Annual report of the Imperial Bacteriologist
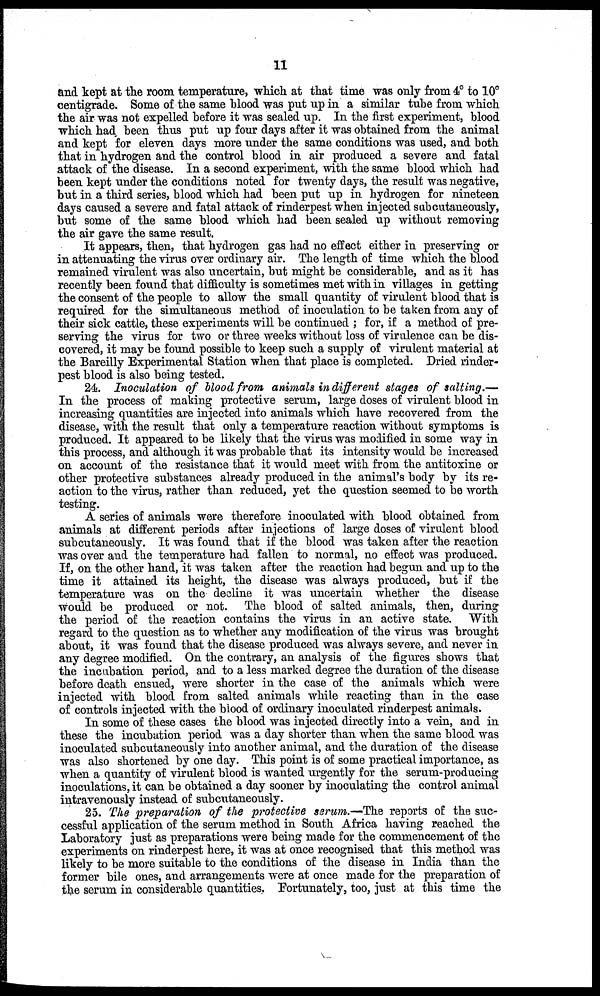
11
and kept at the room temperature, which at that time was only from 4° to 10°
centigrade. Some of the same blood was put up in a similar tube from which
the air was not expelled before it was sealed up. In the first experiment, blood
which had been thus put up four days after it was obtained from the animal
and kept for eleven days more under the same conditions was used, and both
that in hydrogen and the control blood in air produced a severe and fatal
attack of the disease. In a second experiment, with the same blood which had
been kept under the conditions noted for twenty days, the result was negative,
but in a third series, blood which had been put up in hydrogen for nineteen
days caused a severe and fatal attack of rinderpest when injected subcutaneously,
but some of the same blood which had been sealed up without removing
the air gave the same result.
It appears, then, that hydrogen gas had no effect either in preserving or
in attenuating the virus over ordinary air. The length of time which the blood
remained virulent was also uncertain, but might be considerable, and as it has
recently been found that difficulty is sometimes met with in villages in getting
the consent of the people to allow the small quantity of virulent blood that is
required for the simultaneous method of inoculation to be taken from any of
their sick cattle, these experiments will be continued ; for, if a method of pre-
serving the virus for two or three weeks without loss of virulence can be dis-
covered, it may be found possible to keep such a supply of virulent material at
the Bareilly Experimental Station when that place is completed. Dried rinder-
pest blood is also being tested.
24. Inoculation of blood from animals in different stages of salting.—
In the process of making protective serum, large doses of virulent blood in
increasing quantities are injected into animals which have recovered from the
disease, with the result that only a temperature reaction without symptoms is
produced. It appeared to be likely that the virus was modified in some way in
this process, and although it was probable that its intensity would be increased
on account of the resistance that it would meet with from the antitoxine or
other protective substances already produced in the animal's body by its re-
action to the virus, rather than reduced, yet the question seemed to be worth
testing.
A series of animals were therefore inoculated with blood obtained from
animals at different periods after injections of large doses of virulent blood
subcutaneously. It was found that if the blood was taken after the reaction
was over and the temperature had fallen to normal, no effect was produced.
If, on the other hand, it was taken after the reaction had begun and up to the
time it attained its height, the disease was always produced, but if the
temperature was on the decline it was uncertain whether the disease
would be produced or not. The blood of salted animals, then, during
the period of the reaction contains the virus in an active state. With
regard to the question as to whether any modification of the virus was brought
about, it was found that the disease produced was always severe, and never in
any degree modified. On the contrary, an analysis of the figures shows that
the incubation period, and to a less marked degree the duration of the disease
before death ensued, were shorter in the case of the animals which were
injected with blood from salted animals while reacting than in the case
of controls injected with the blood of ordinary inoculated rinderpest animals.
In some of these cases the blood was injected directly into a vein, and in
these the incubation period was a day shorter than when the same blood was
inoculated subcutaneously into another animal, and the duration of the disease
was also shortened by one day. This point is of some practical importance, as
when a quantity of virulent blood is wanted urgently for the serum-producing
inoculations, it can be obtained a day sooner by inoculating the control animal
intravenously instead of subcutaneously.
25. The preparation of the protective serum.—The reports of the suc-
cessful application of the serum method in South Africa having reached the
Laboratory just as preparations were being made for the commencement of the
experiments on rinderpest here, it was at once recognised that this method was
likely to be more suitable to the conditions of the disease in India than the
former bile ones, and arrangements were at once made for the preparation of
the serum in considerable quantities. Fortunately, too, just at this time the